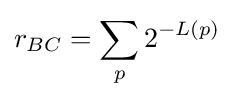
r_{BC}=\sum _{p}2^{-L(p)}